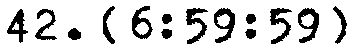
42. {6:59:59}